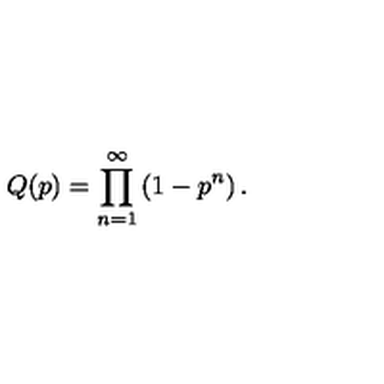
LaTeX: Q ( p ) = \prod _ { n = 1 } ^ { \infty } \left( 1 - p ^ { n } \right) .